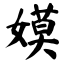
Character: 嫫